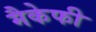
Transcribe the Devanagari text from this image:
मैकेफी